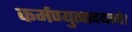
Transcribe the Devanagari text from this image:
कर्मण्युत्पादयन्ते।